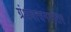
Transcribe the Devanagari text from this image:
ग्रंथवाचनानंतर